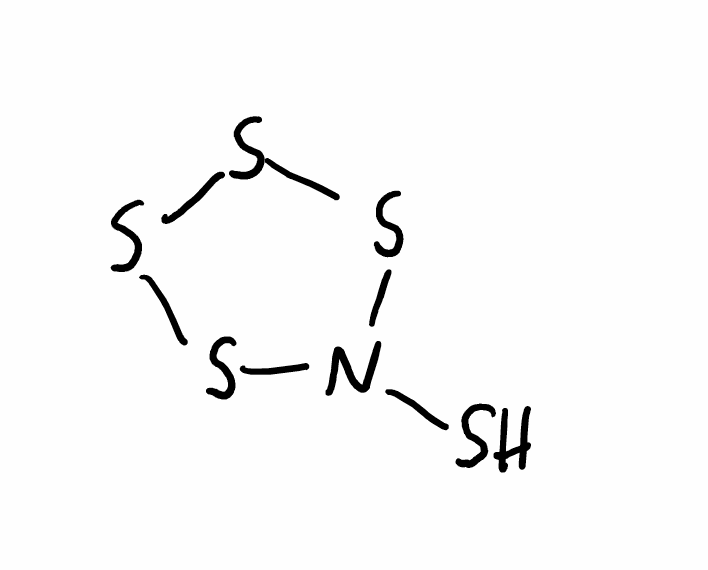
Simplified molecular-input line-entry system (SMILES) notation of the given molecule:
N1(SSSS1)S